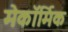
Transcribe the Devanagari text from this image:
मेकॉर्मिक